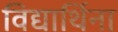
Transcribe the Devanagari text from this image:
विद्यार्थिना